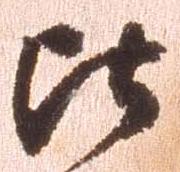
比